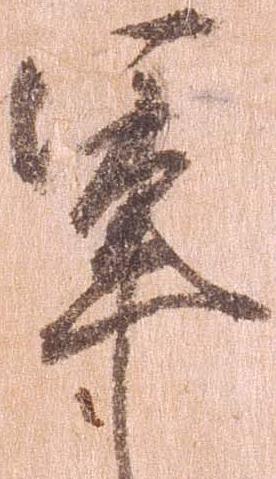
軍